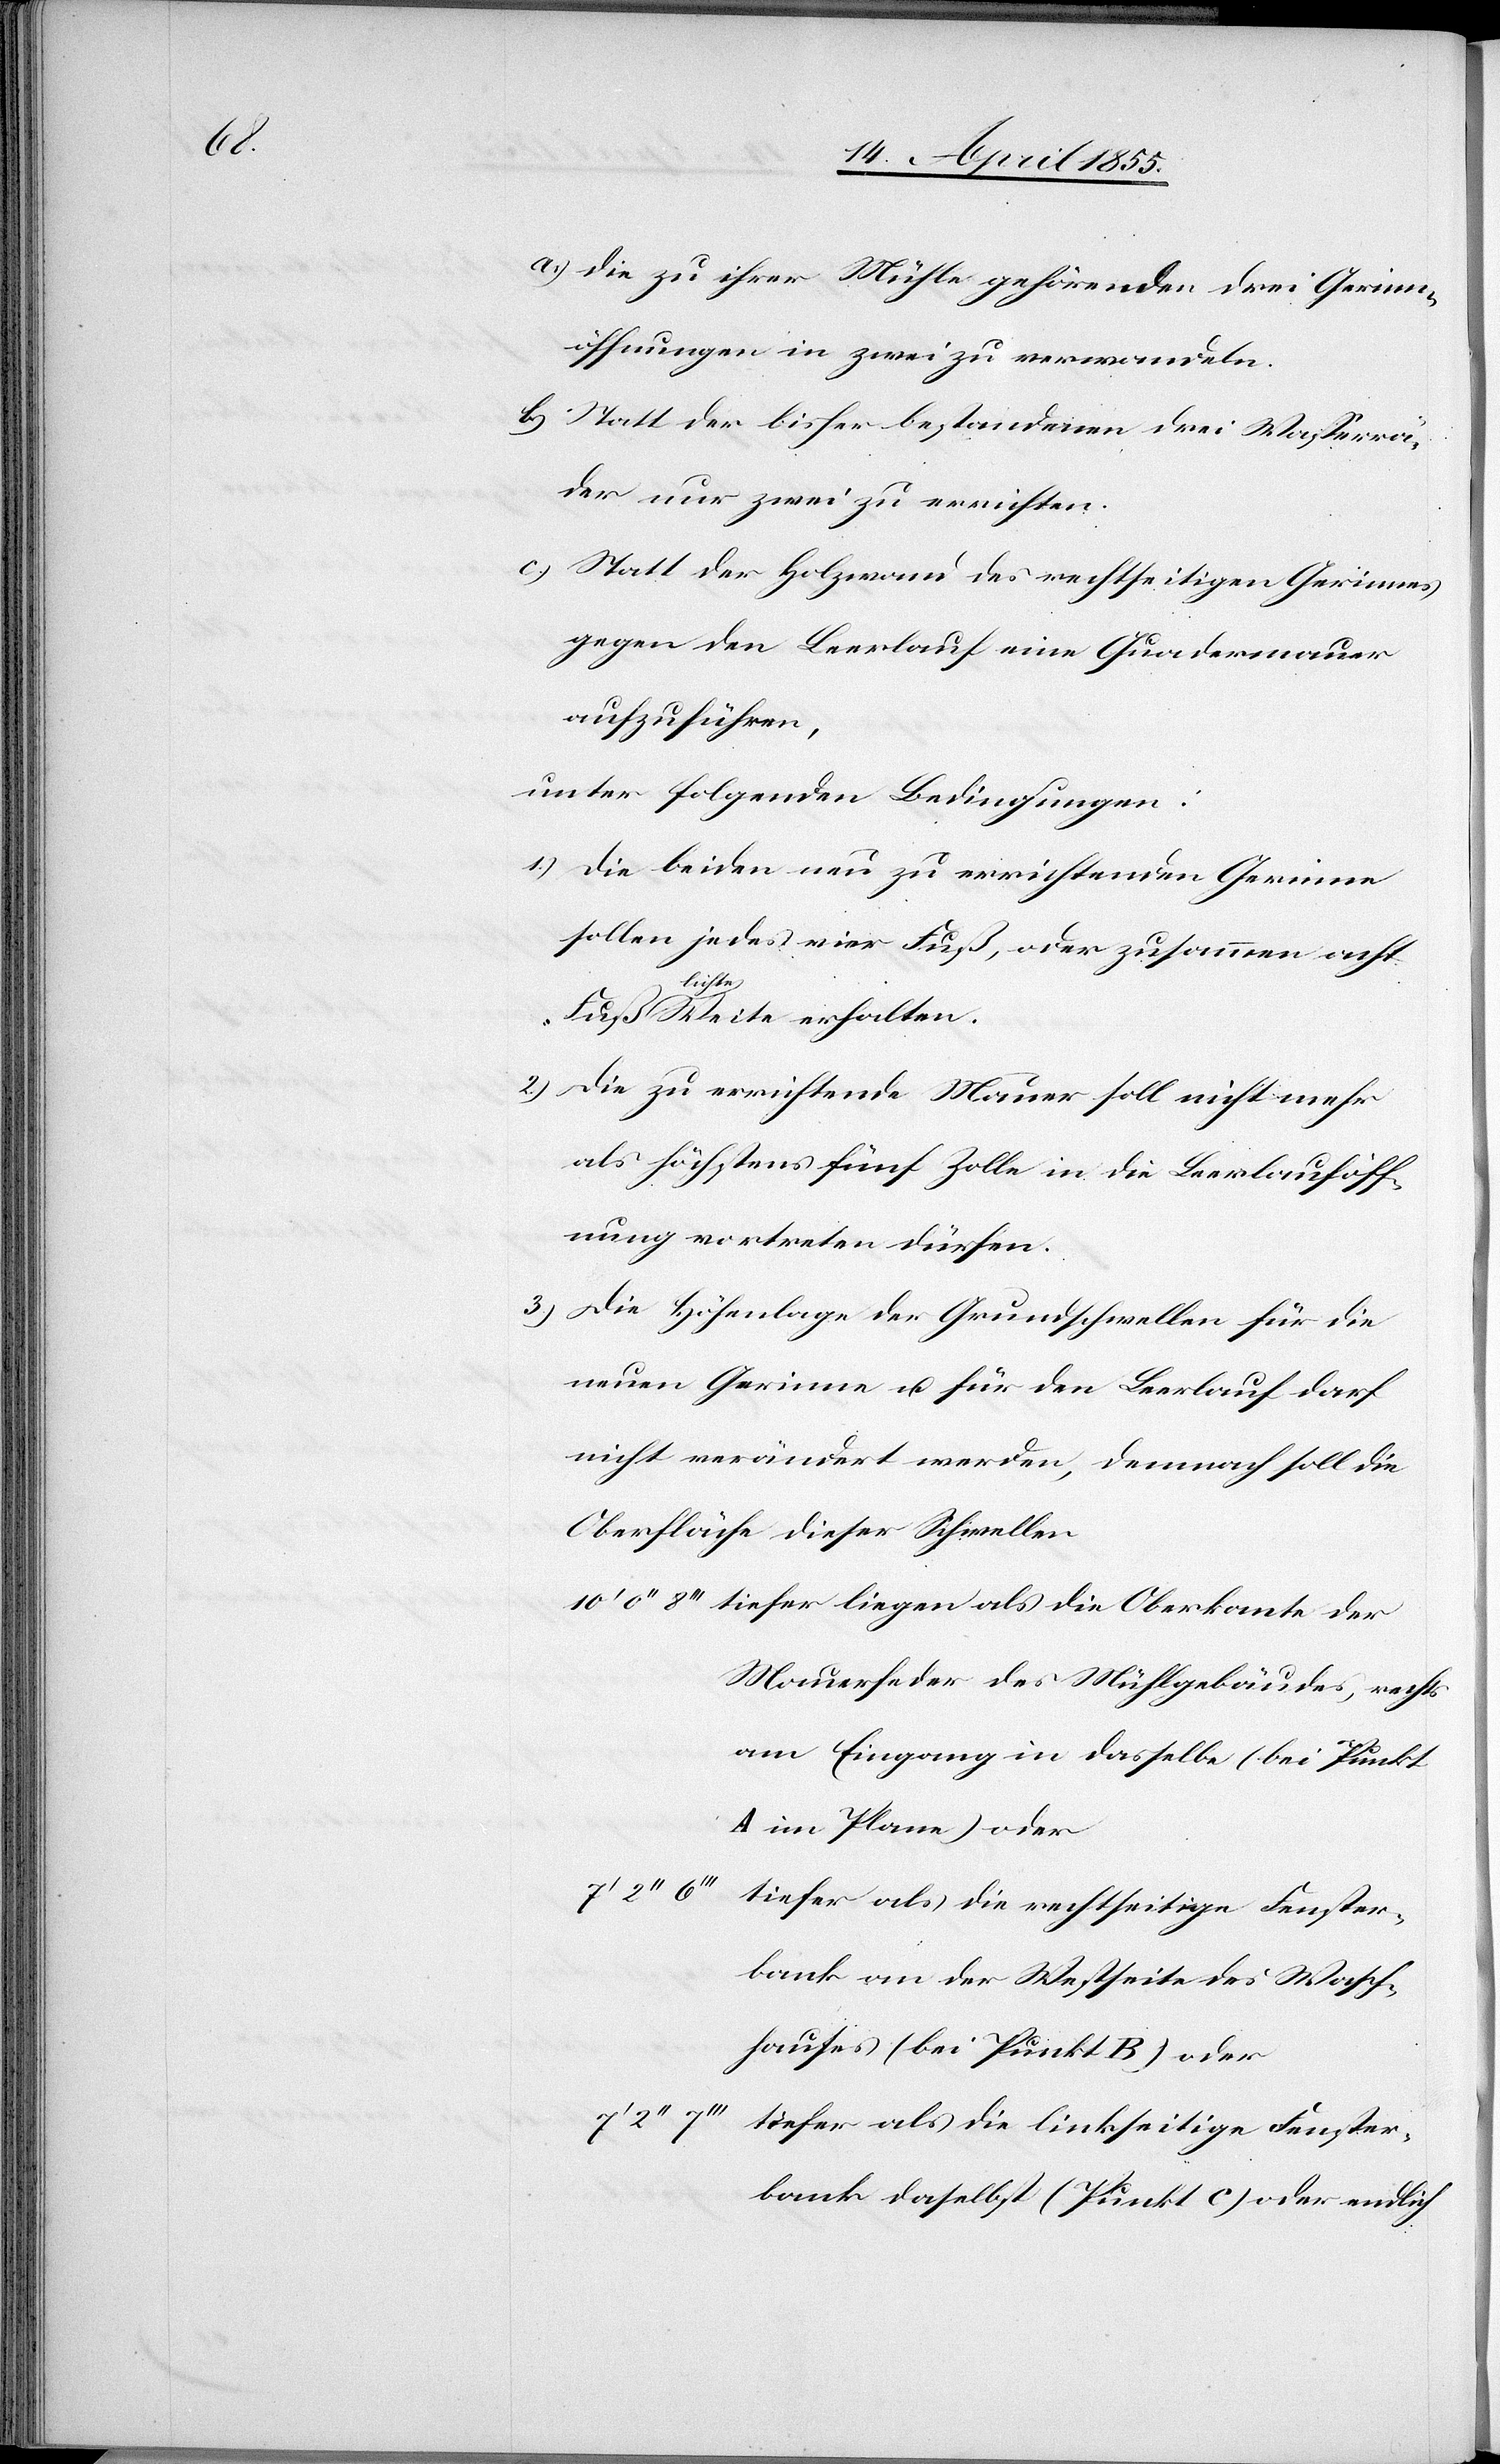
Die zu ihrer Mühle gehörenden drei Gerinn¬
öffnungen in zwei zu verwandeln.
Statt der bisher bestandenen drei Wasserrä¬
der nur zwei zu errichten.
Statt der Holzwand des rechtseitigen Gerinnes
gegen den Leerlauf eine Quadermauer
aufzuführen,
unter folgenden Bedingungen:
Die beiden neu zu errichtenden Gerinne
sollen jedes vier Fuß, oder zusammen acht
licht¬
e Weite erhalten.
Die zu errichtende Mauer soll nicht mehr
als höchstens fünf Zolle in die Leerlauföff¬
nung vortreten dürfen.
Die Höhenlage der Grundschwellen für die
neuen Gerinne u. für den Leerlauf darf
nicht verändert werden, demnach soll die
Oberfläche dieser Schwellen
tiefer liegen als die Oberkante der
Mauerfeder des Mühlgebäudes, rechts
am Eingang in dasselbe (bei Punkt
A im Plane) oder
7‘ 2‘‘
tiefer als die rechtseitige Fenster¬
bank an der Westseite des Wasch¬
hauses (bei Punkt B) oder
tiefer als die linkseitige Fenster¬
bank daselbst (Punkt C) oder endlich